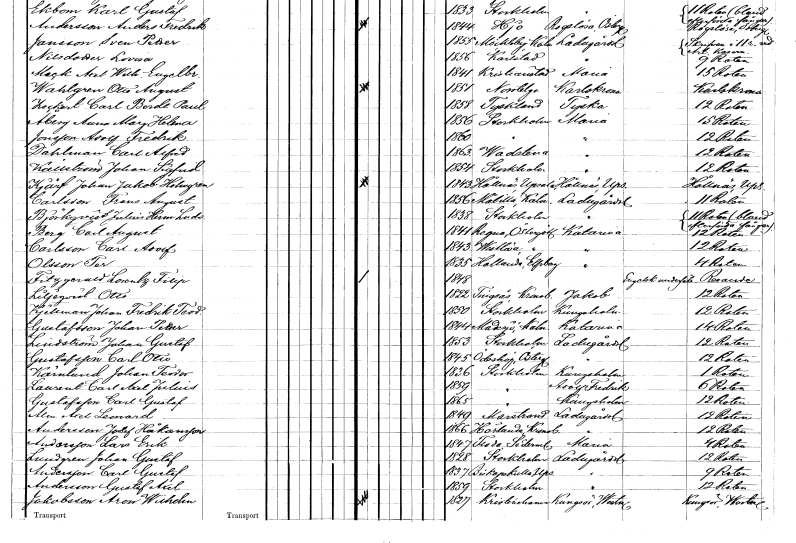
gt_parse: households: individuals: FN: Adolf Fredrik
EN: Jonsson
KON: M
CIV: U
FODAR: 1860
FODFORS: Stockholm
FN: Carl Alfred
EN: Dahlman
KON: M
CIV: U
FODAR: 1863
FODFORS: Vadstena Östergötlands län
FN: Johan Sigfrid
EN: Källström
KON: M
CIV: U
FODAR: 1854
FODFORS: Stockholm
FN: Johan Jakob
EN: Kjärf Holmgren
KON: M
CIV: O
FODAR: 1843
FODFORS: Hållnäs Uppsala län
FN: Frans August
EN: Carlsson
KON: M
CIV: U
FODAR: 1856
FODFORS: Målilla med Gårdveda Kalmar län
FN: Julius Herman Ludvig
EN: Björkqvist
KON: M
CIV: U
FODAR: 1838
FODFORS: Stockholm
FN: Carl August
EN: Berg
KON: M
CIV: U
FODAR: 1841
FODFORS: Regna Östergötlands län
FN: Carl Adolf
EN: Carlsson
KON: M
CIV: U
FODAR: 1843
FODFORS: Västerlösa Östergötlands län
FN: Per
EN: Olsson
KON: M
CIV: U
FODAR: 1835
FODFORS: Hålanda Älvsborgs län
FN: Lorentz Filip
EN: Fitzgerald
KON: M
CIV: O
FODAR: 1848
FN: Otto
EN: Liljeqvist
KON: M
CIV: U
FODAR: 1822
FODFORS: Tingsås Kronobergs län
FN: Johan Fredrik Teodor
EN: Kjellman
KON: M
CIV: U
FODAR: 1850
FODFORS: Stockholm
FN: Johan Petter
EN: Gustafsson
KON: M
CIV: U
FODAR: 1844
FODFORS: Madesjö Kalmar län
FN: Johan Gustaf
EN: Lindström
KON: M
CIV: U
FODAR: 1853
FODFORS: Stockholm
FN: Carl Otto
EN: Gustafsson
KON: M
CIV: U
FODAR: 1845
FODFORS: Ödeshög Östergötlands län
FN: Johan Teodor
EN: Kärnlund
KON: M
CIV: U
FODAR: 1836
FODFORS: Stockholm
FN: Carl Axel Julius
EN: Laurent
KON: M
CIV: U
FODAR: 1859
FODFORS: Stockholm
FN: Carl Gustaf
EN: Gustafsson
KON: M
CIV: U
FODAR: 1865
FODFORS: Stockholm
FN: Axel Leonard
EN: Alm
KON: M
CIV: U
FODAR: 1849
FODFORS: Marstrand Göteborgs- och Bohuslän
FN: Josef
EN: Andersson Håkansson
KON: M
CIV: U
FODAR: 1866
FODFORS: Härlunda Kronobergs län
FN: Lars Erik
EN: Andersson
KON: M
CIV: U
FODAR: 1847
FODFORS: Floda Södermanlands län
FN: Johan Gustaf
EN: Lundgren
KON: M
CIV: U
FODAR: 1828
FODFORS: Stockholm
FN: Carl Gustaf
EN: Andersson
KON: M
CIV: U
FODAR: 1837
FODFORS: Biskopskulla Uppsala län
FN: Gustaf Axel
EN: Andersson
KON: M
CIV: U
FODAR: 1859
FODFORS: Stockholm
FN: Aron Wilhelm
EN: Jakobsson
KON: M
CIV: O
FODAR: 1827
FODFORS: Kristinehamn Värmlands län